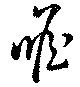
瞻